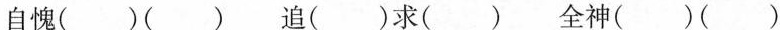
自愧( )( ) 追( )求( ) 全神( )( )